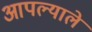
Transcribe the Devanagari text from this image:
आपल्याले